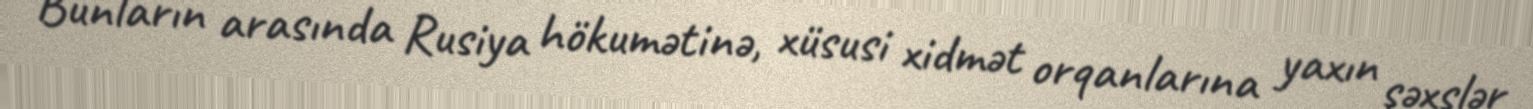
Bunların arasında Rusiya hökumətinə, xüsusi xidmət orqanlarına yaxın şəxslər